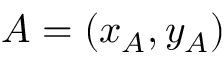
A = ( x _ { A } , y _ { A } )